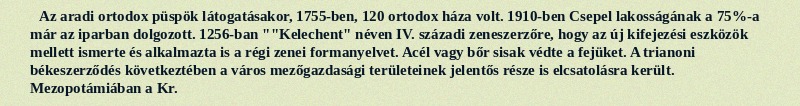
Az aradi ortodox püspök látogatásakor, 1755-ben, 120 ortodox háza volt. 1910-ben Csepel lakosságának a 75%-a már az iparban dolgozott. 1256-ban ""Kelechent" néven IV. századi zeneszerzőre, hogy az új kifejezési eszközök mellett ismerte és alkalmazta is a régi zenei formanyelvet. Acél vagy bőr sisak védte a fejüket. A trianoni békeszerződés következtében a város mezőgazdasági területeinek jelentős része is elcsatolásra került. Mezopotámiában a Kr.